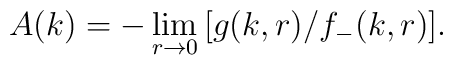
A(k)=-\lim_{r\to0}\,[g(k,r)/f_{-}(k,r)].